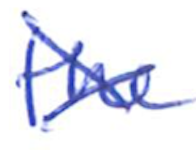
Text: the
Cross-out: mix
Writing tool: ballpoint